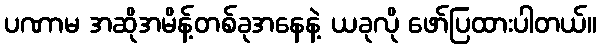
ပဏာမ အဆိုအမိန့်တစ်ခုအနေနဲ့ ယခုလို ဖော်ပြထားပါတယ်။